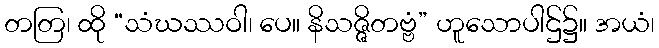
တတြ၊ ထို “သံဃဿဝါ၊ ပေ။ နိသဇ္ဇိတဗ္ဗံ” ဟူသောပါဌ်၌။ အယံ၊